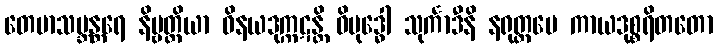
တေမာသဗ္ဘန္တရေ နိဗ္ဗတ္တိယာ ဝိနယဒုက္ကဋန္တိ ဝိဗုဒ္ဓေါ သုင်္ကာဒီနိ နရုတ္တမေ ကာယဒုစ္စရိတတော